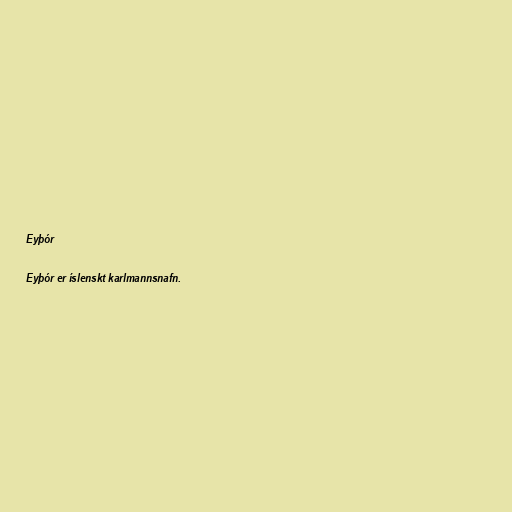
Eyþór

Eyþór er íslenskt karlmannsnafn.